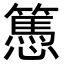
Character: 𢤷